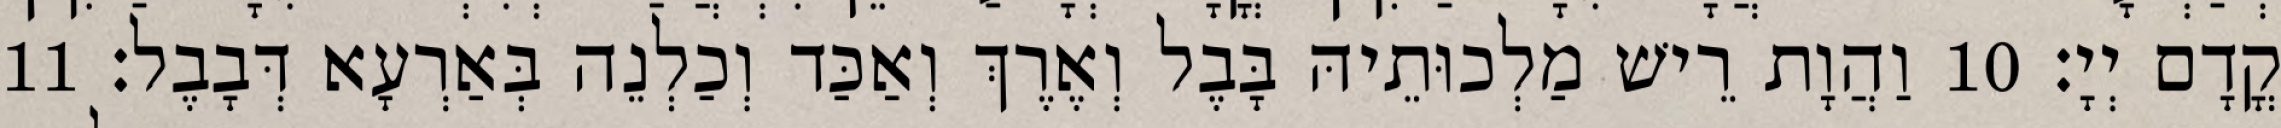
קֳדָם יְיָ׃ 10 וַהֲוָת רֵישׁ מַלְכוּתֵיהּ בָּבֶל וְאֶרֶךְ וְאַכַּד וְכַלְנֵה בְּאַרְעָא דְּבָבֶל׃ 11